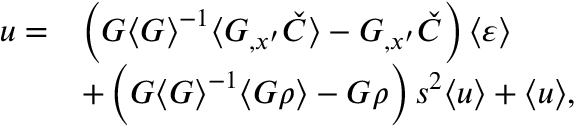
\begin{array} { r l } { u = } & { \left( G { \langle G \rangle } ^ { - 1 } \langle G _ { , x ^ { \prime } } \check { C } \rangle - G _ { , x ^ { \prime } } \check { C } \right) \langle \varepsilon \rangle } \\ & { + \left( G { \langle G \rangle } ^ { - 1 } \langle G \rho \rangle - G \rho \right) s ^ { 2 } \langle u \rangle + \langle u \rangle , } \end{array}